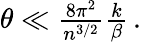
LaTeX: \begin{array}{r}{\theta\ll\frac{8\pi^{2}}{n^{3/2}}\frac{k}{\beta}\, .}\end{array}